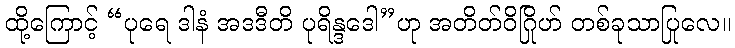
ထို့ကြောင့် “ပုရေ ဒါနံ အဒဒီတိ ပုရိန္ဒဒေါ”ဟု အတိတ်ဝိဂြိုဟ် တစ်ခုသာပြုလေ။